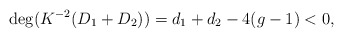
\begin{align*}\deg(K^{-2}(D_1+D_2)) = d_1+d_2-4(g-1)<0,\end{align*}